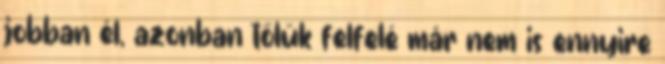
jobban él, azonban tőlük felfelé már nem is ennyire